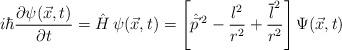
LaTeX: \begin{align*}i\hbar {\partial \psi(\vec{x},t) \over \partial t} = \hat{H} \, \psi (\vec{x},t) =\left[\hat{\vec{p}}\, \sp2- {l^2 \over r^2} +{\overline{l}\sp2\over r^2 } \right]\Psi(\vec{x},t)\end{align*}